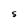
Character: S